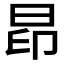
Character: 𰖄